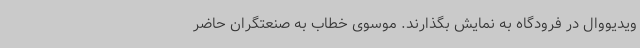
ویدیووال در فرودگاه به نمایش بگذارند. موسوی خطاب به صنعتگران حاضر